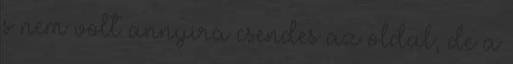
s nem volt annyira csendes az oldal, de a